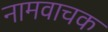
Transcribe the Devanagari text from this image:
नामवाचक